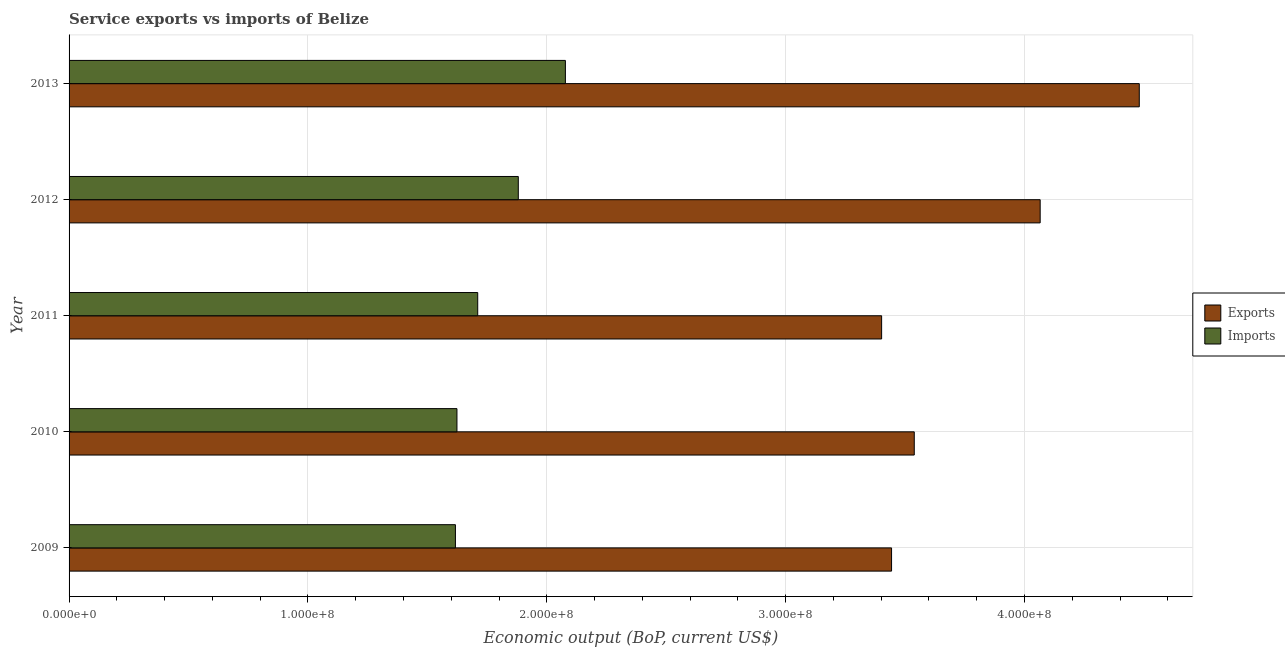
| Year | Exports | Imports |
 | --- | --- | --- |
 | 2009 | 3.44e+08 | 1.62e+08 |
 | 2010 | 3.54e+08 | 1.62e+08 |
 | 2011 | 3.4e+08 | 1.71e+08 |
 | 2012 | 4.07e+08 | 1.88e+08 |
 | 2013 | 4.48e+08 | 2.08e+08 |